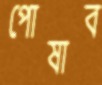
পোষাব